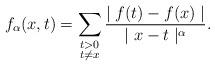
LaTeX: \begin{align*}f_{\alpha }(x,t)=\sum_{\substack{ t>0 \\ t\neq x}}\frac{\mid f(t)-f(x)\mid}{\mid x-t\mid ^{\alpha }}.\end{align*}